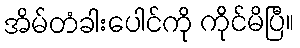
အိမ်တံခါးပေါင်ကို ကိုင်မိပြီ။